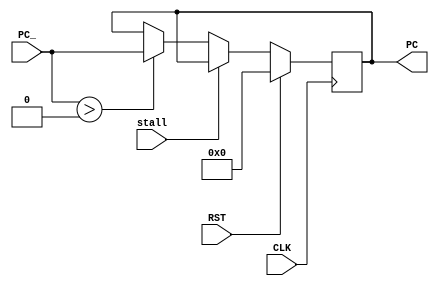
`timescale 1ns / 1ps
                                    
//////////////////////////////////////
//      P R O G R A M               //
//      C O U N T E R               //
//////////////////////////////////////

module PC#  (
        parameter WL = 32
            )
    (
        input CLK, RST, stall,
        input [WL-1:0] PC_,
        output reg  [WL-1:0] PC
    );
//initial outputo value
initial PC = 0;
    
always @(posedge CLK)begin
    if (RST) PC <= 0;
    else if(stall)PC <= PC;
    else if (PC_ > 0) PC <= PC_;
   // else PC =0;
end
endmodule